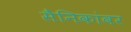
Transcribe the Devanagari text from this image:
सैनिकांवर